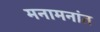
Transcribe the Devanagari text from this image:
मनामनांत